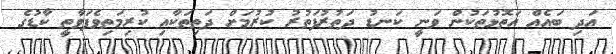
އަދި ބައެއް އަތޮޅުތަކުން ވަނީ ކަނޑު ދަތުރުފަތުރު ކުރުމަށް ދަތިތަކާއި ކުރިމަތިވެފަވާތީ ކާޑުގެ